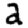
Digit: 2